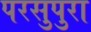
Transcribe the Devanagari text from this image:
परसुपुरा